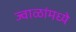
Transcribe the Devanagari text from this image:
ज्वाळांमध्ये